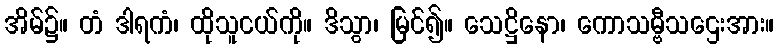
အိမ်၌။ တံ ဒါရကံ၊ ထိုသူငယ်ကို။ ဒိသွာ၊ မြင်၍။ သေဋ္ဌိနော၊ ကောသမ္ဗီသဌေးအား။